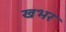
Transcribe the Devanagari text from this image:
खभर